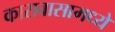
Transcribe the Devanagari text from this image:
कारावासामध्ये